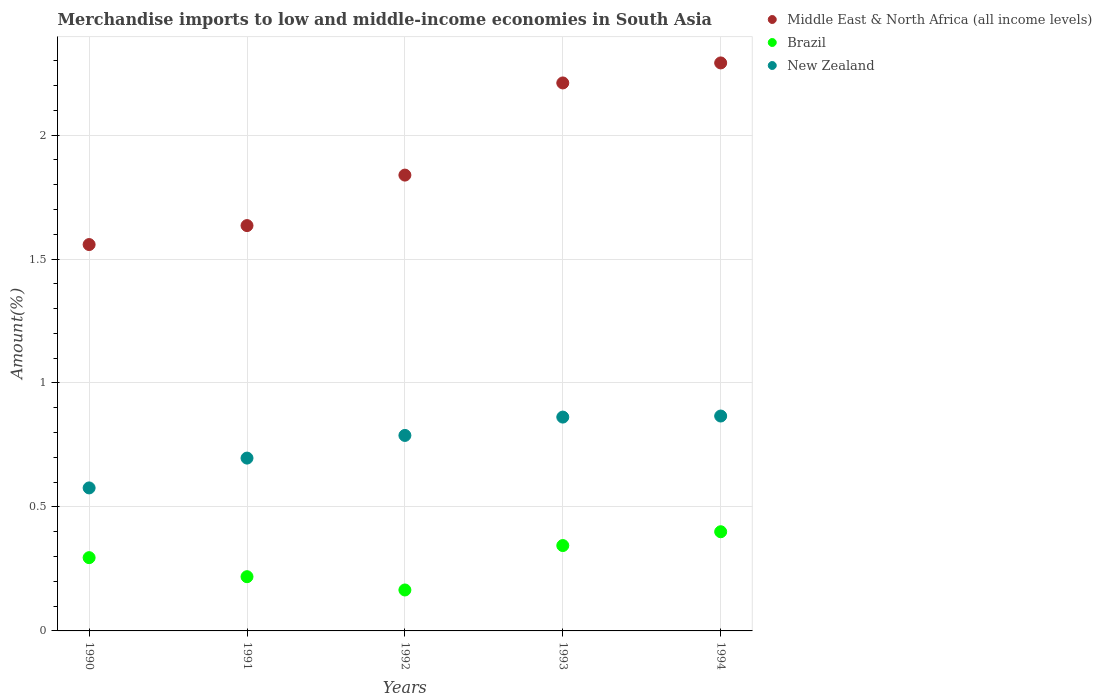
| Years | Middle East & North Africa (all income levels) | Brazil | New Zealand |
 | --- | --- | --- | --- |
 | 1990 | 1.56 | 0.296 | 0.577 |
 | 1991 | 1.63 | 0.219 | 0.697 |
 | 1992 | 1.84 | 0.165 | 0.788 |
 | 1993 | 2.21 | 0.344 | 0.862 |
 | 1994 | 2.29 | 0.4 | 0.867 |